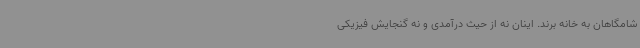
شامگاهان به خانه برند. اینان نه از حیث درآمدی و نه گنجایش فیزیکی